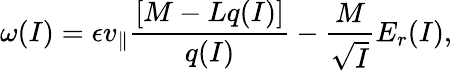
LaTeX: \omega(I)=\epsilon v_{\parallel}\frac{[M-Lq(I)]}{q(I)}-\frac{M}{\sqrt{I}}E_{r}(I),